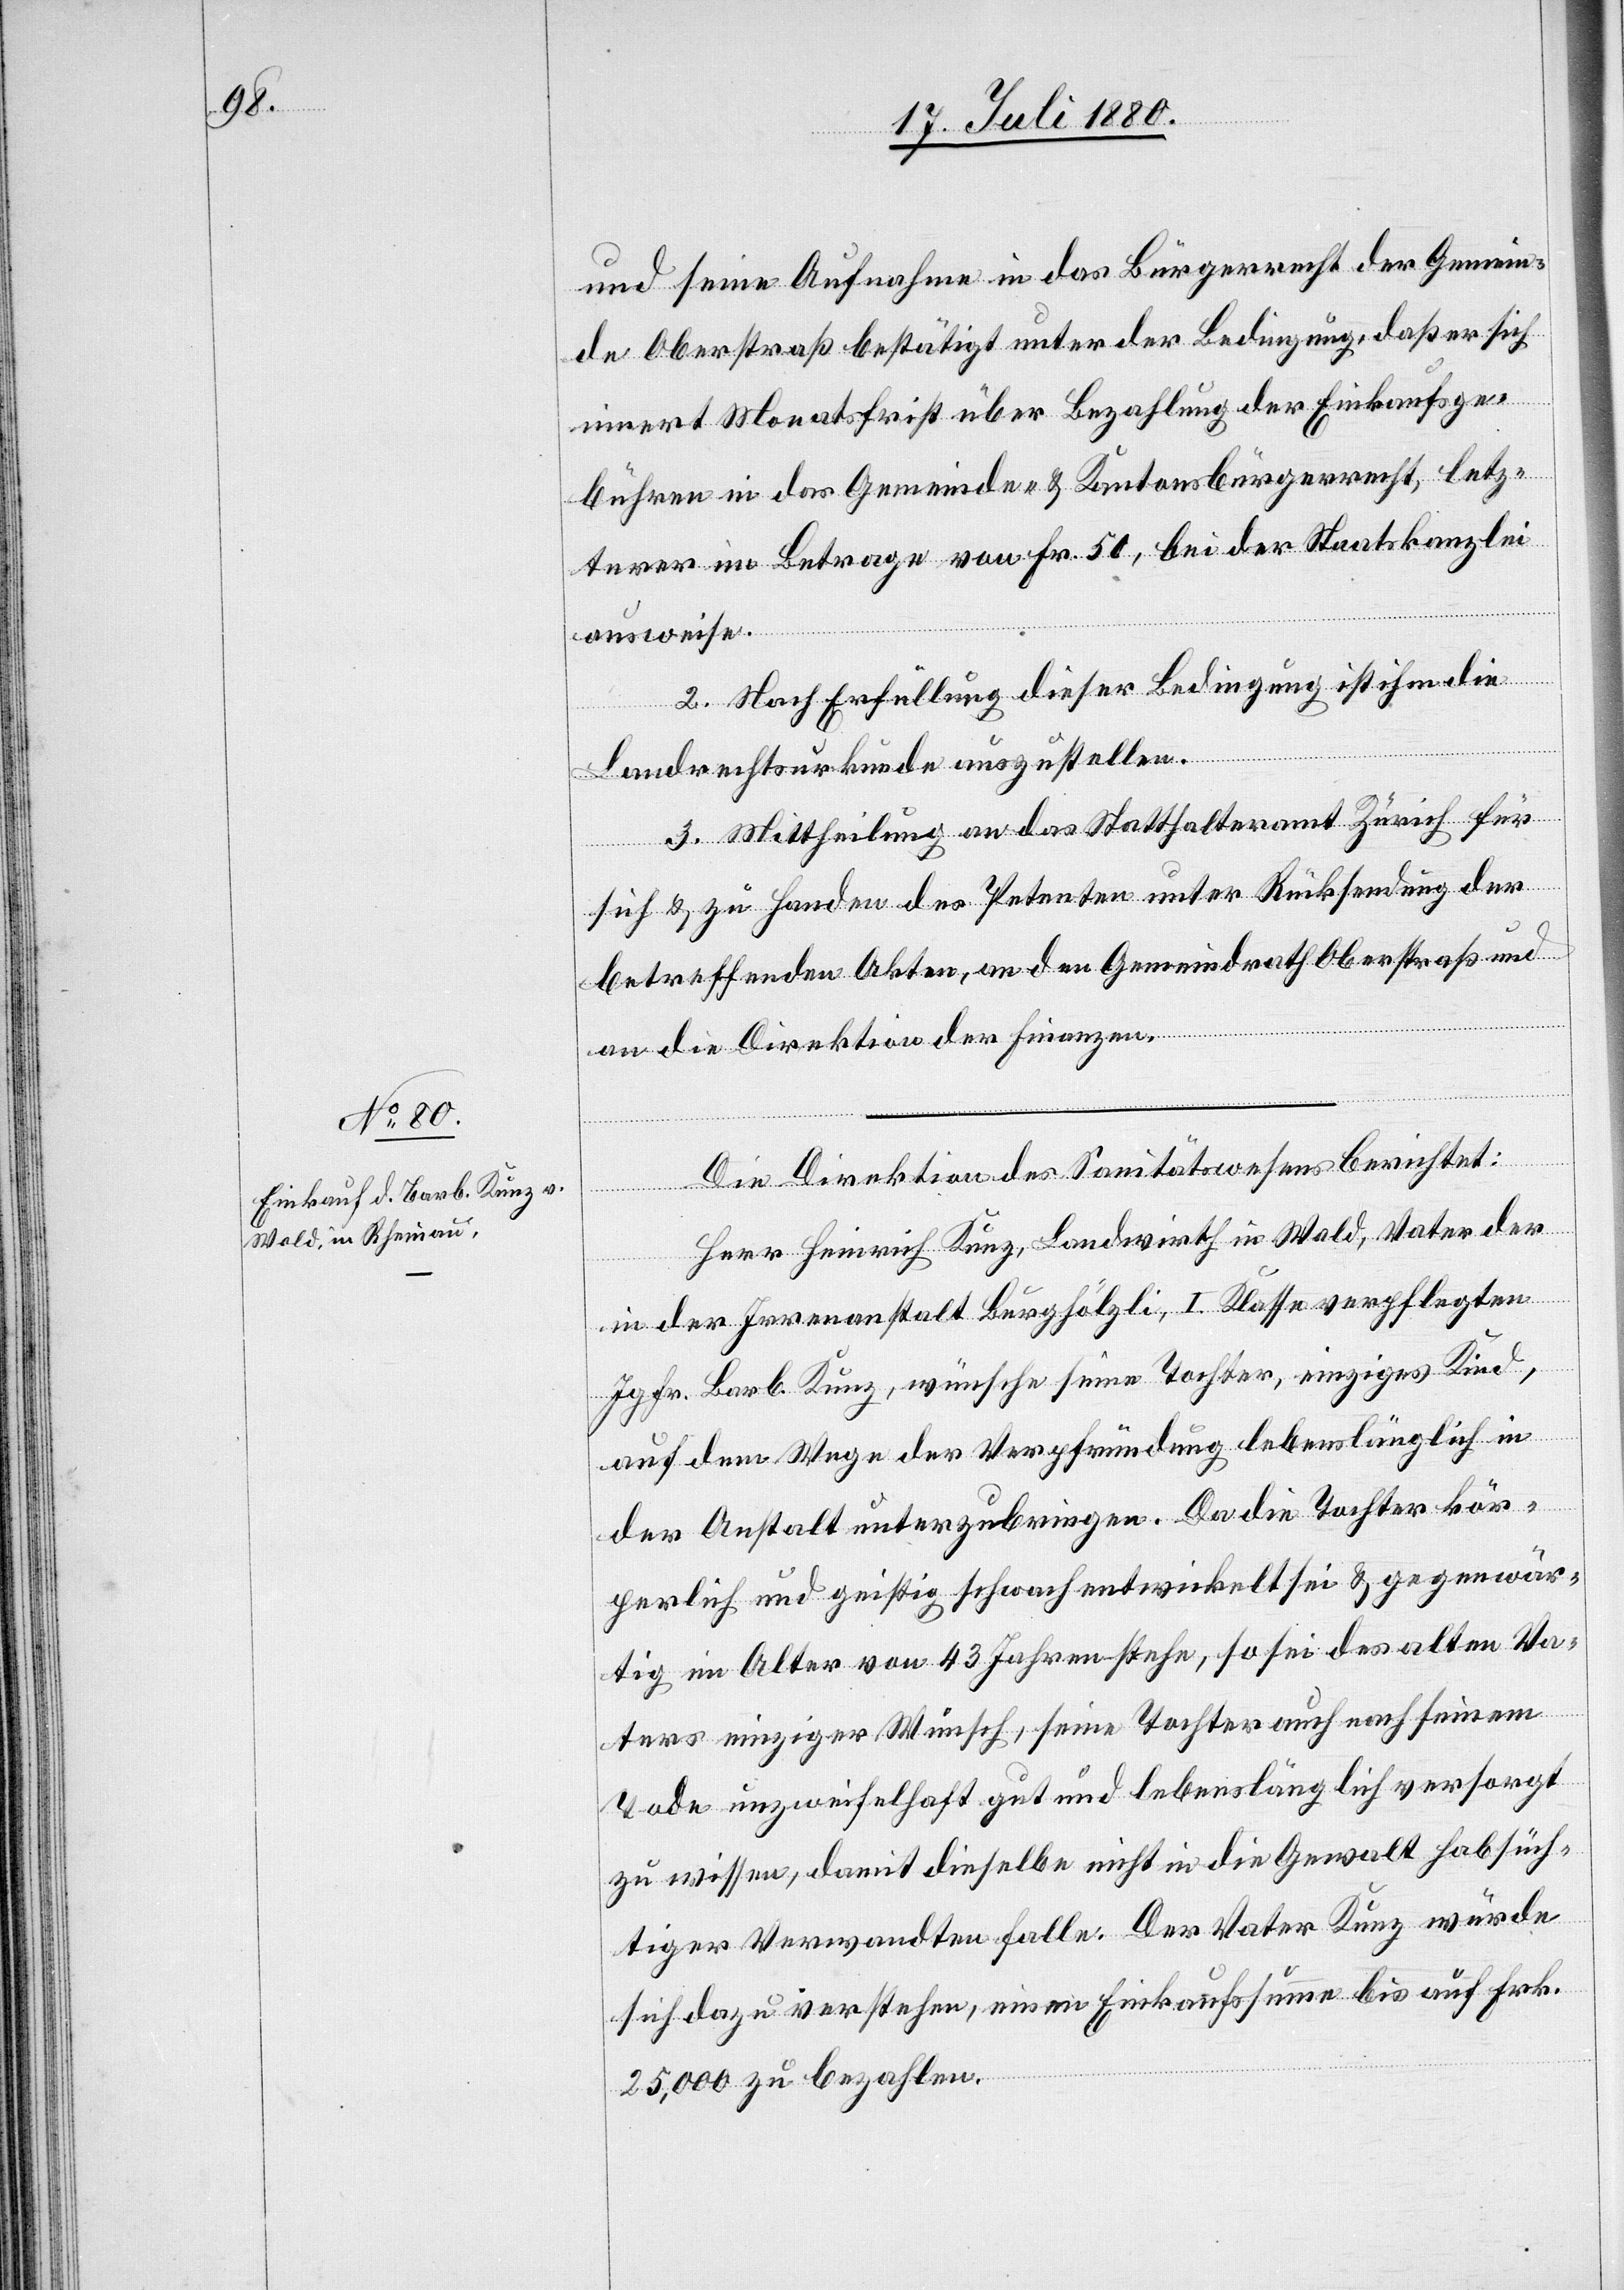
und seine Aufnahme in das Bürgerrecht der Gemein¬
de Oberstraß bestätigt unter der Bedingung, daß er sich
innert Monatsfrist über Bezahlung der Einkaufsge¬
bühren in das Gemeinde- und Kantonsbürgerrecht, letz¬
terer im Betrage von Fr. 50, bei der Staatskanzlei
ausweise.
2. Nach Erfüllung dieser Bedingung ist ihm die
Landrechtsurkunde auszustellen.
3. Mittheilung an das Statthalteramt Zürich für
sich & zu Handen des Petenten unter Rücksendung der
betreffenden Akten, an den Gemeindrath Oberstraß und
an die Direktion der Finanzen.
Die Direktion des Sanitätswesens berichtet:
Herr Heinrich Kunz, Landwirth in Wald, Vater der
in der Irrenanstalt Burghölzli, I. Klasse verpflegten
Jgfr. Barb. Kunz, wünsche seine Tochter, einziges Kind,
auf dem Wege der Verpfründung lebenslänglich in
der Anstalt unterzubringen. Da die Tochter kör¬
perlich und geistig schwach entwickelt sei & gegenwär¬
tig im Alter von 43 Jahren stehe, so sei des alten Va¬
ters einziger Wunsch, seine Tochter auch nach seinem
Tode unzweifelhaft gut und lebenslänglich versorgt
zu wissen, damit dieselbe nicht in die Gewalt habsüch¬
tiger Verwandten falle: Der Vater Kunz würde
sich dazu verstehen, einen [sic!] Einkaufssumme bis auf Frk.
25,000 zu bezahlen.